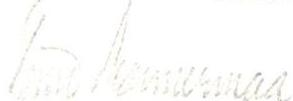
Timo Mannermaa